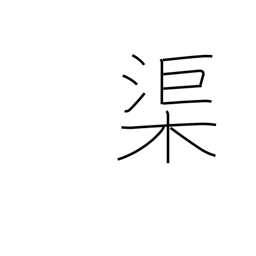
Meaning: canal